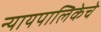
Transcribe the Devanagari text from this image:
न्यायपालिकेचे